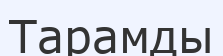
Тарамды